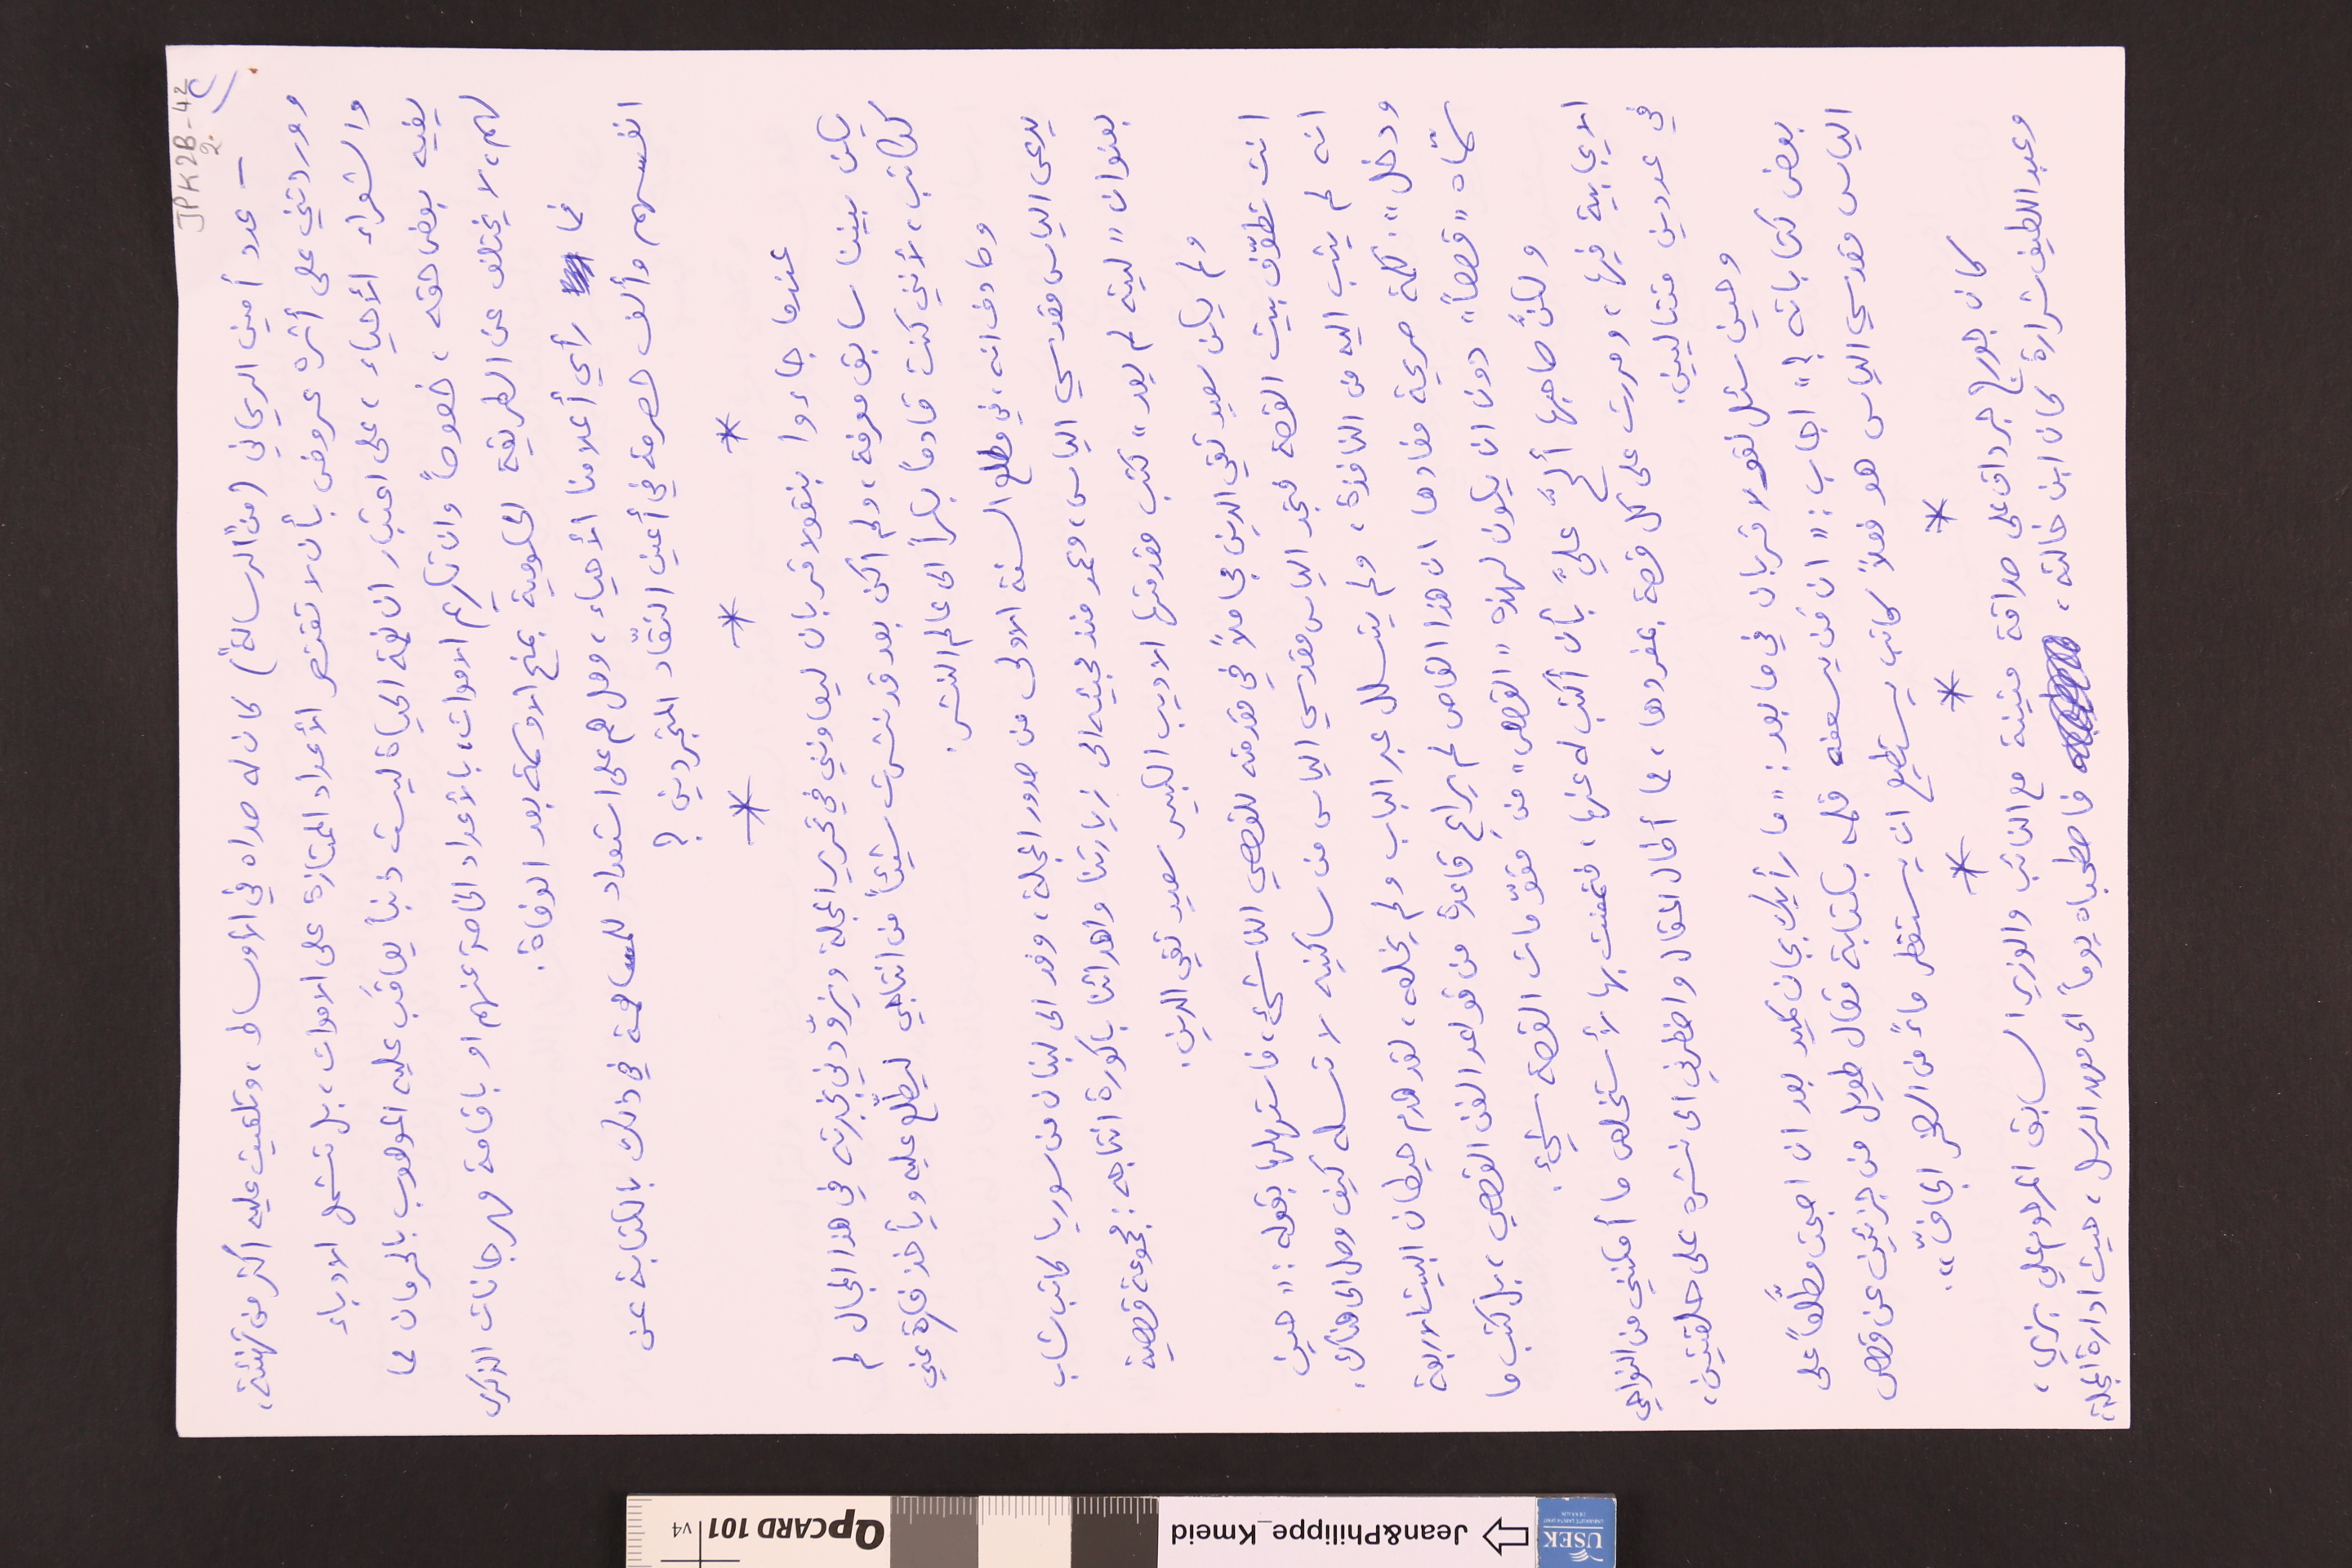
JPK2B-42 	2	(٢
- عدد أمين الريحاني (من "الرسالة") كان له صداه في الأوساط، وتلقيت عليه اكثر من تهنئة،
ووردتني على أثره عروض بأن لا تقتصر الأعداد الممتازة على الاموات، بل تشمل الادباء
والشعراء الأحياء، على اعتبار ان نعمة الحياة ليست ذنباً يعاقَب عليه الموهوب بالحرمان مما
يفيه بعض حقه، خصوصاً وان تكريم الاموات، بالأعداد الخاصة عنهم او باقامة مهرجانات الذكرى
لهم، لا يختلف عن الطريقة الحكومية بمنح الاوسمة بعد الوفاة.
فما رأي أعلامنا الأحياء، وهل هم على استعداد للمساهمة في ذلك بالكتابة عن
انفسهم وألف حصرمة في أعين النقّاد المتجردين ؟
*		*		*
عندما جاءوا بنقولا قربان ليعاونني في تحرير المجلة ويزوّدني بخبرته في هذا المجال لم
يكن بيننا سابق معرفة، ولم اكن بعد قد نشرت شيئاً من انتاجي ليطلّع عليه ويأخذ فكرة عني
ككاتب، لأنني كنت قادماً بكراً على عالم النشر.
وصادف انه، في مطلع السنة الاولى من صدور المجلة، وفد الى لبنان من سوريا كاتب شاب
يدعى الياس مقدسي الياس، وعمد منذ مجيئه الى زيارتنا واهدائنا باكورة انتاجه: مجموعة قصصية
بعنوان "ليته لم يعد" كتب مقدمتها الاديب الكبير سعيد تقي الدين.
ولم يكن سعيد تقي الدين مجاملاً في مقدمته للقصصي الناشىء، فاستهلها بقوله : "حين
انت تطوّف بيت القصة فتجد الياس مقدسي الياس من ساكنيه لا تسله كيف وصل الى هناك.
انه لم يثب اليه من النافذة، ولم يتسلل عبر الباب ولم يخلعه، لقد هدم حيطان البيت الاربعة
ودخل". كلمة صريحة مفادها ان هذا القاص لم يراعِ قاعدة من قواعد الفن القصصي، بل كتب ما
سمّاه "قصصاً" دون ان يكون لهذه "القصص" من مقوّمات القصة شيء.
ولكنَّ صاحبها ألحَّ عليَّ بأن أكتب له عنها، فتمعنت بها لأستخلص ما أمكنني من النواحي
الايجابية فيها، ومررت على كل قصة بمفردها، مما أطال المقال واضطرني الى نشره على حلقتين،
في عددين متتاليين.
وحين سئل نقولا قربان في ما بعد: " ما رأيك بجان كميد بعد ان اصبحت مطَّلعاً على
بعض كتاباته ؟" اجاب: "ان مَن يسعفه قلمه بكتابة مقال طويل من جزئين عن قصص
الياس المقدسي الياس هو فعلاً كاتب يستطيع ان يستقطر ماءً من الصخر الجافّ".
*		*		*
كان جورج جرداق على صداقة متينة مع النائب والوزير السابق المرحوم علي بزي،
وعبد اللطيف شرارة كان ابن خالته، فاصطحباه يوماً الى معهد الرسل، حيث ادارة المجلة،